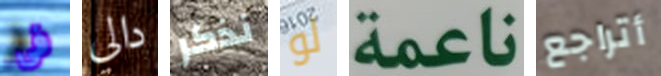
فى دالي نذكر لو ناعمة أتراجع